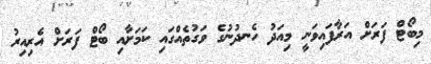
މިބޯޓް ފަރަށް އަރާފައިވަނީ މިއަދު ހެނދުނުގެ ވަގުތެއްގައި ކަމަށާއި ބޯޓް ފަރަށް އެރިއިރު